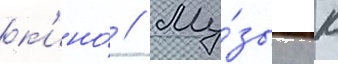
к'ино́ // Му́зыку к